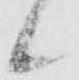
候